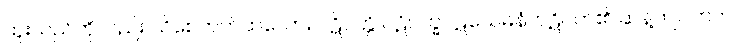
ထူးသည်ကိုလည်း သိစေတတ်ထသော။ ပဋိပတ္တိ ပဋိပက္ခပဋသေဓနံ၊ ပဋိပတ်၏ ဆန့်ကျင်ဘက်